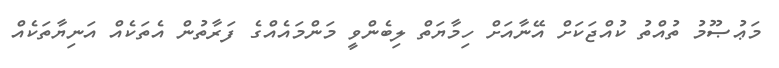
މަޢުޞޫމު ތުއްތު ކުއްޖަކަށް އޭނާއަށް ހިމާޔަތް ލިބެންވީ މަންމައެއްގެ ފަރާތުން އެތަކެއް އަނިޔާތަކެއް